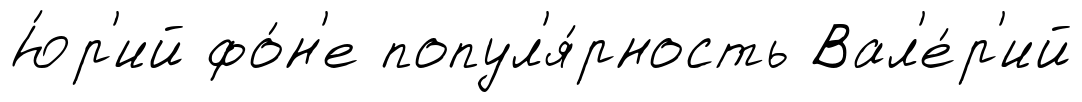
Ю́р'ий фо́н'е попул'я́рность Вал'е́р'ий